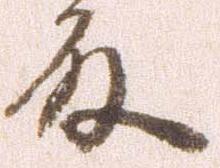
殿